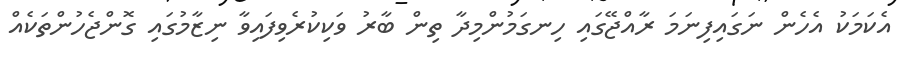
އެކަމަކު އެހެން ނަގައިފިނަމަ ރާއްޖޭގައި ހިނގަމުންމިދާ ތިން ބާރު ވަކިކުރެވިފައިވާ ނިޒާމުގައި ގޮންޖެހުންތަކެއް